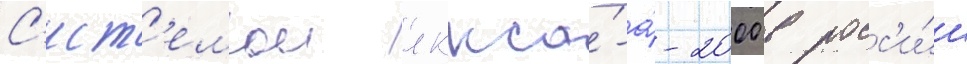
С'ист'емои лккса́-а́-2000 в росс'и́и